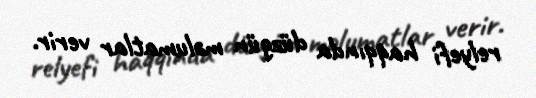
relyefi haqqında düzgün məlumatlar verir.